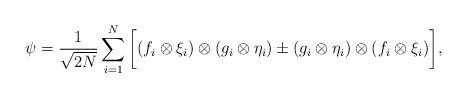
LaTeX: \begin{align*}\psi=\frac{1}{\sqrt{2N}}\sum_{i=1}^N \bigg[(f_i\otimes \xi_i)\otimes (g_i\otimes \eta_i)\pm (g_i\otimes \eta_i)\otimes (f_i\otimes \xi_i)\bigg],\end{align*}